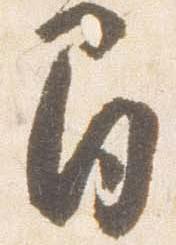
間